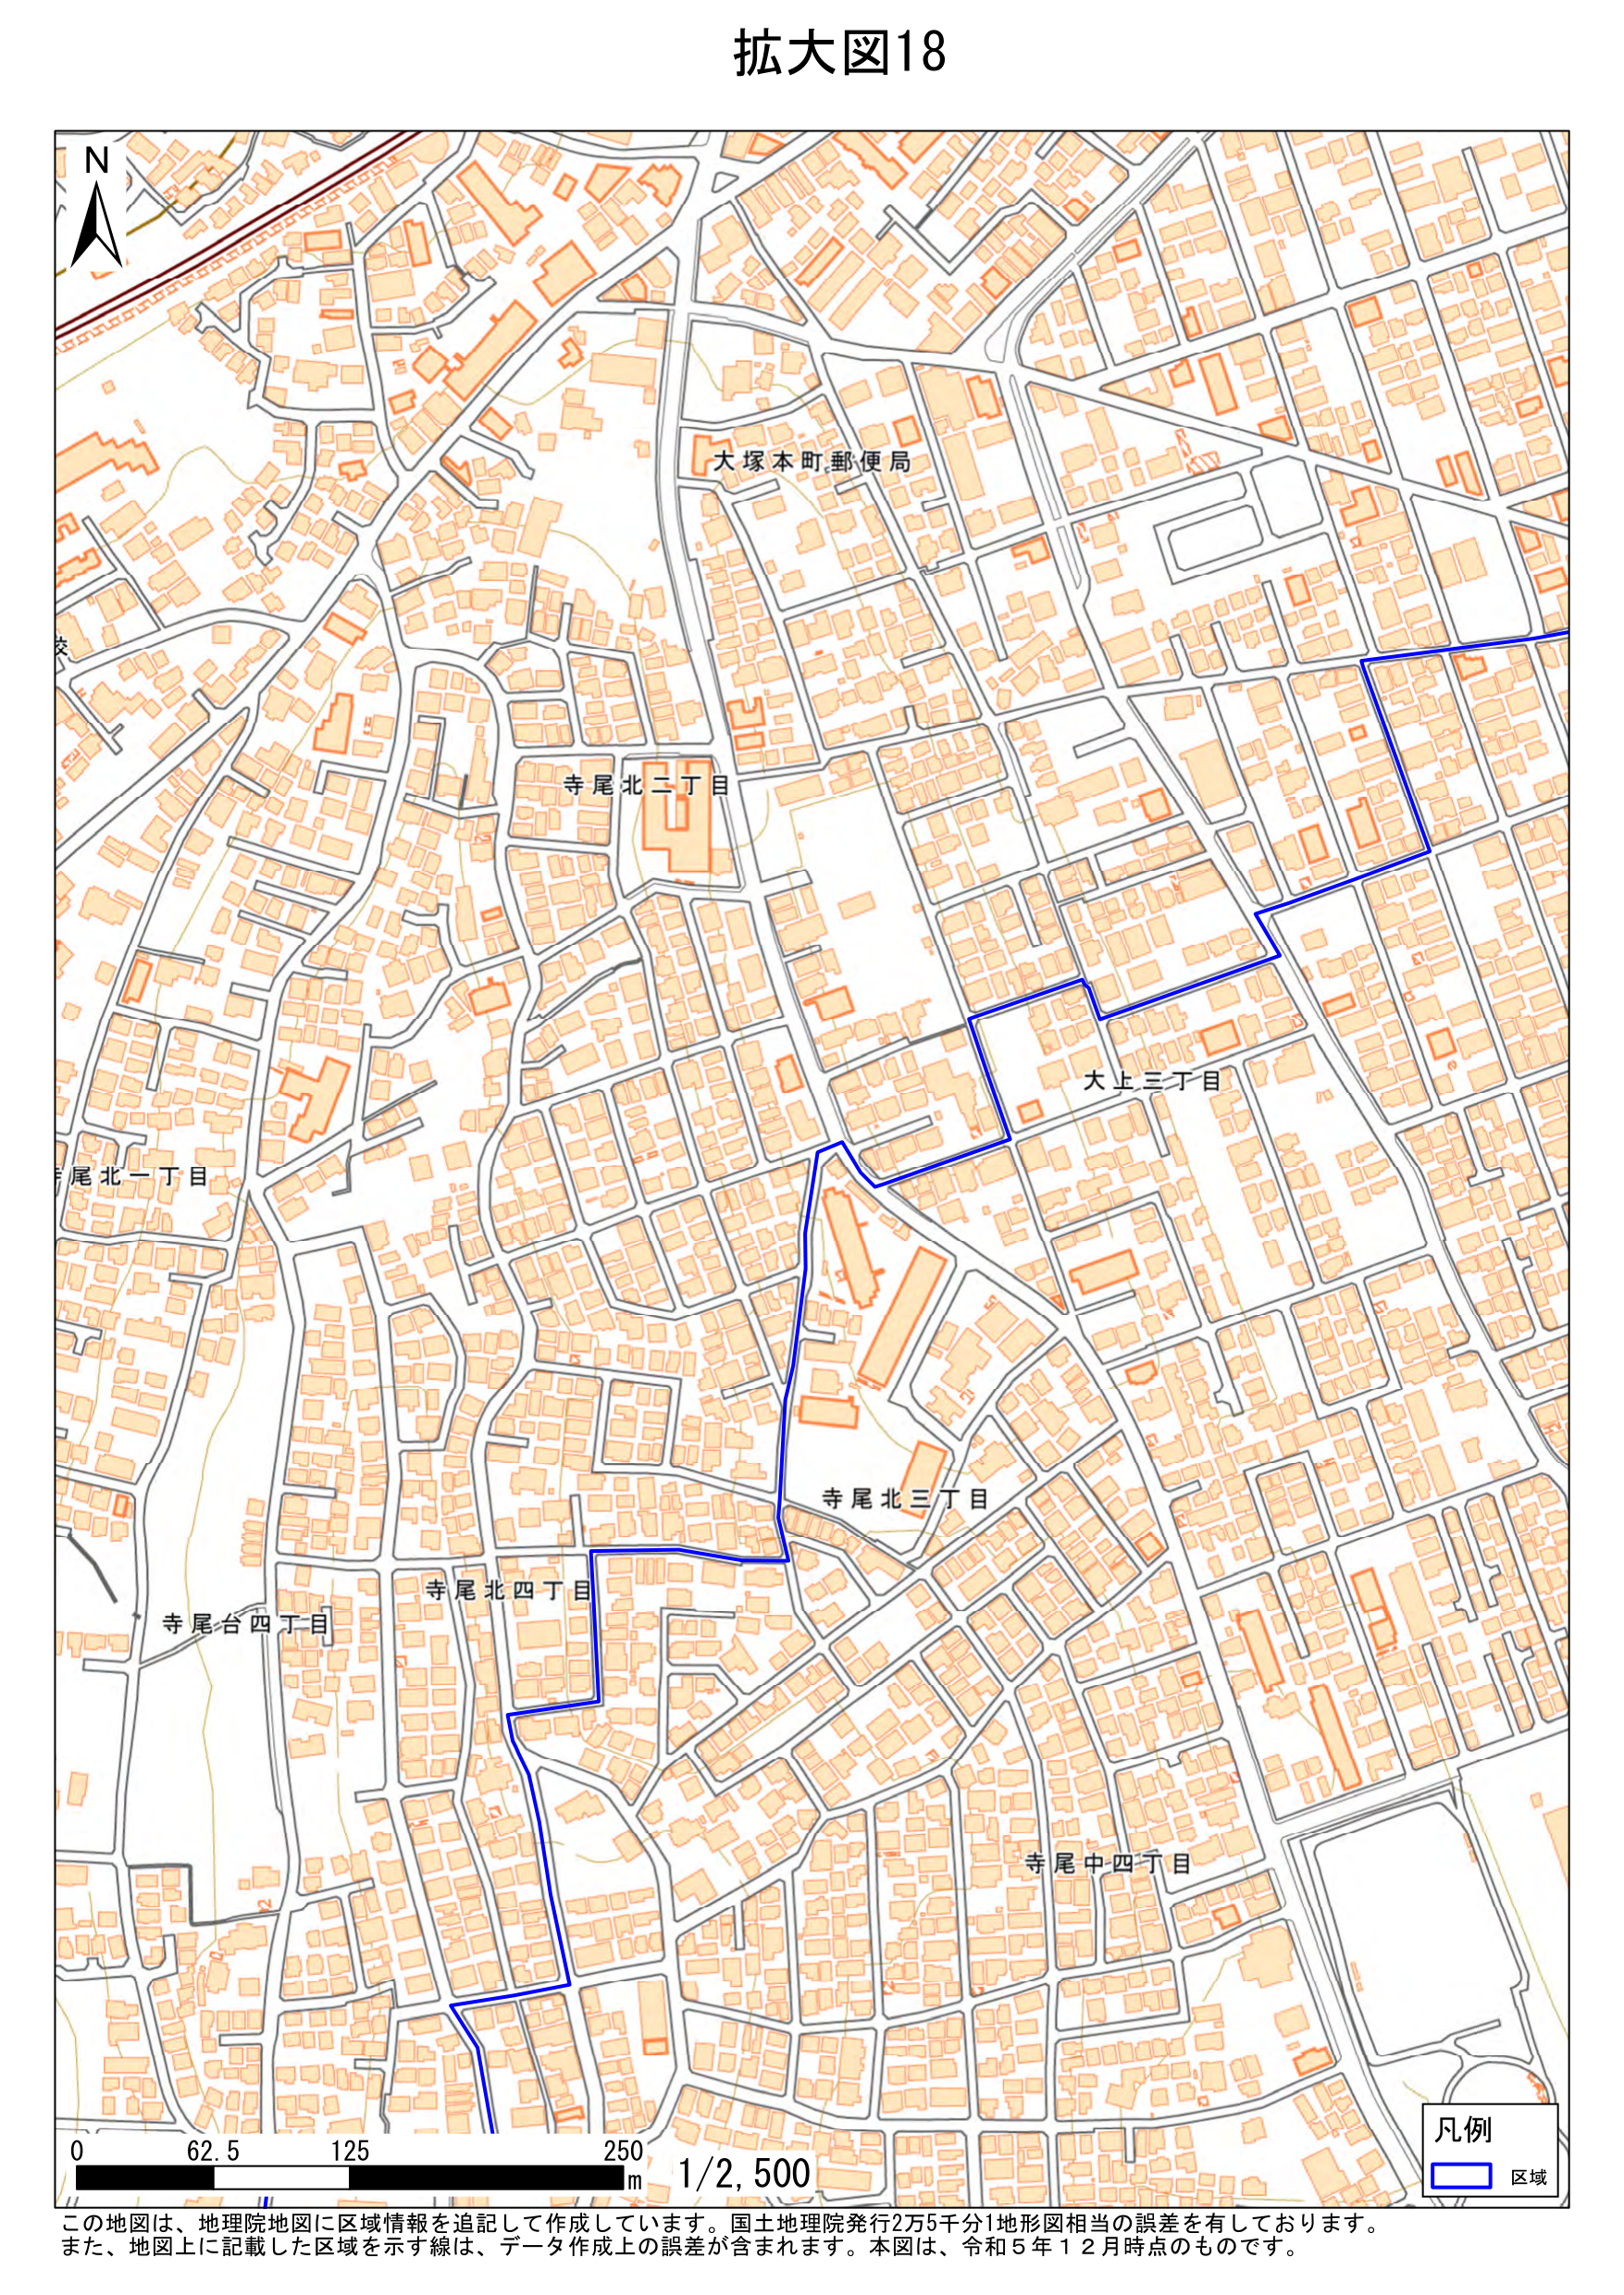
拡大図18

N

大塚本町郵便局

寺尾北二丁目

尾北一丁目

大上三丁目

寺尾北三丁目

寺尾北四丁目

寺尾台四丁目

寺尾中四丁目

凡例
□ 区域

0 62.5 125 250 m 1/2,500

この地図は、地理院地図に区域情報を追記して作成しています。国土地理院発行2万5千分1地形図相当の誤差を有しております。
また、地図上に記載した区域を示す線は、データ作成上の誤差が含まれます。本図は、令和5年12月時点のものです。